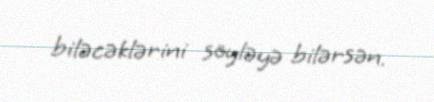
biləcəklərini söyləyə bilərsən.